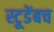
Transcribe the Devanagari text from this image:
स्टूडेंबच